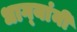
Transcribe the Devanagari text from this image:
धाग्‍यांनी